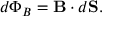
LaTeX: d \Phi _ { B } = \mathbf { B } \cdot d \mathbf { S } .